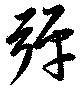
彈